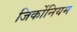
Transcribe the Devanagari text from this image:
जिर्कोनियम